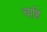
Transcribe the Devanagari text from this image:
चाहि